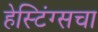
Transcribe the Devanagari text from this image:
हेस्टिंग्सचा